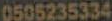
0505235334